Tezpur Lunatic Asylum reports 1895-1904 - 1895-1904
Year: 1895
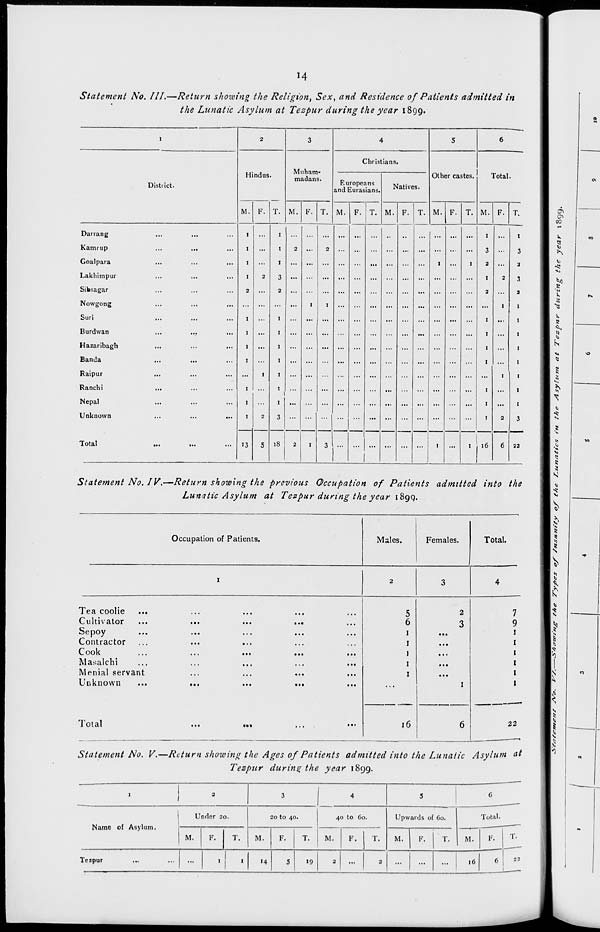
H
Statement No. III.—Return showing the Religion, Sex, and Residence of Patients admitted in
the Lunatic Asylum at Tezpur during the year 1899.
I
2
3
4
5
6
Hindus.
Muham-
madans.
Christians.
Other castes.
District.
Europeans
ind Eurasians.
Natives.
Total.
M. F. T. M. F. T. M. F. T M. F. T. M. F
T. M. F. T.
Darrang
Kamrup
...
...
Goalpara
...
...
..
Lakhimpur
...
...
..
Sibsagar
Nowgong
Suri
...
Burdwan
Hazaribagh
Banda
...
...
Raipur
Ranchi
Nepal
Unknown
...
...
..
1
1
I
I
2
1
1
I
1
1
1
1
2
1
2
1
1
1
3
2
I
I
I
I
I
I
I
3
2
1
2
1
...
...
••
••
... ...
1
...
1
3
2
1
2
2
1
1
2
6
1
3
2
Total
...
...
13
5 18
2
1
3 1
... ...
I
... ... ...
1
...
1
16
32
Statement No. IV.—Return showing the previous Occupation of Patients admitted into the
Lunatic Asylum at Tezpur during the year 1899.
Occupation of Patients.
Males.
Females.
Total.
Tea coolie
Cultivator
Sepoy
Contractor
Cook
Masalchi
Menial servant
Unknown
Total
•..
5
2
6
3
1
...
1
...
j
...
1
...
1
1
16
6
7
9
22
Statement No. V.—Return showing the Ages of Patients admitted into the Lunatic Asylum at
Tezpur during the year 1899.
Name of Asylum.
Under 20.
M.
Tezpur
T.
1
1
20 to 40.
M.
14
40 to Go.
M.
F.
T.
19
Upwards of 60.
Total.
M.
F.
T.
M.
F.
...
...
16
6
T.